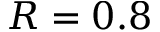
R = 0 . 8